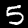
Digit: 5